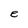
Character: e